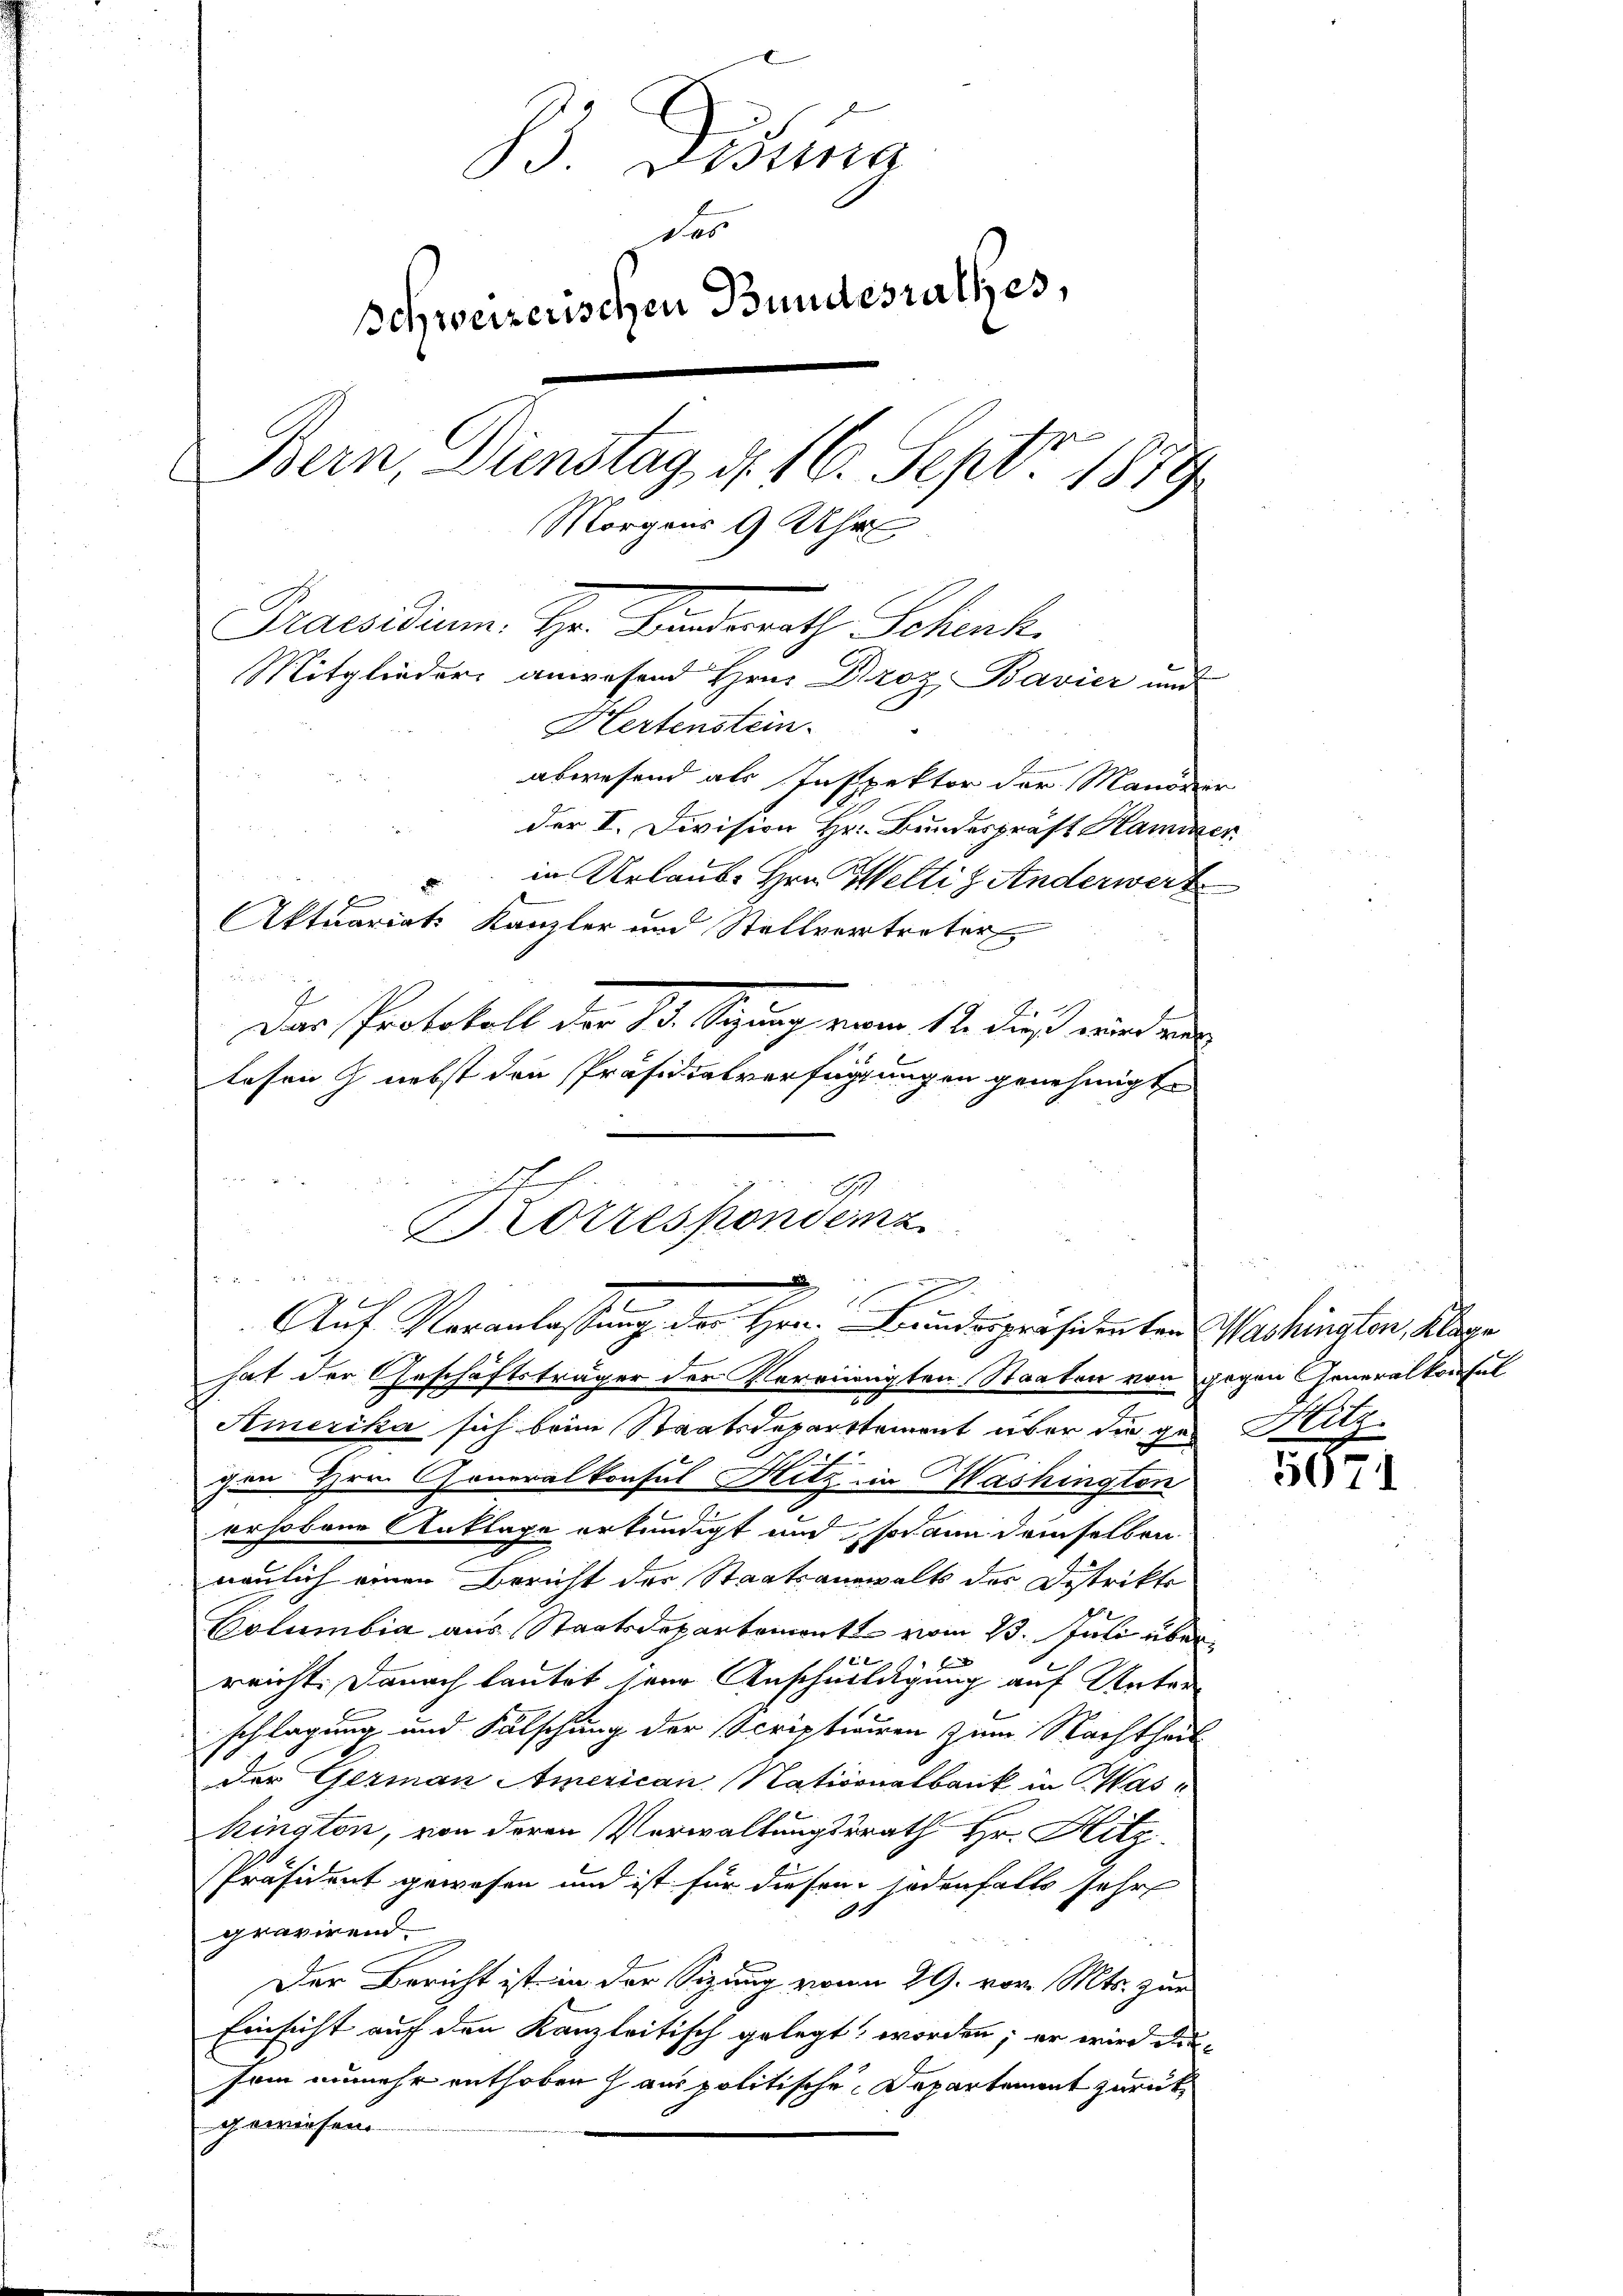
.

B Dista
Das
schweizerischen Bundesrathes,
Bern, Dienstag, d. 16. Sept. 1879
Morgens 9 Uhr
Praesidium. Hr. Sandsrath Schenk.
Mitglieder anwesend Hrn. Droz. Bavier und
Hertenstein
abwesend als Inspektor der Manöder
der I. Division Hr. Bundespräst Hamier
in Urlaub. Hrn. Welti z Anderwert
Aktuariats Kanzler und Stellvertreter
Dar Protokoll vor 13. Segung vom 12. Fuß wird er
lesen & nebst den Präsidialverfügungen genehmigte

Korrespondenz
x
Auf Veranlassung der Hrn. Bundespräsidenten Washington, Klage

A

hat der Geschäftsträger der Verringten Staaten von gegen Generalkonsul
.
Amerika sich beim Staatsdepartement über die ge- Hitz-
chen Hrn. Generalkonsul Hitz in Mashington
erhobene Anklage erkundigt und sodann demselben
neulich einen Bericht der Staatsanwalts des Distrikts
Columbia aus Staatsdepartement vom 13. Juli über
s
11 x
reicht. Danach lautet sein Anschuldigung auf Unter
schlagung und Fälschung der Scriptiairen zum Nachtheil
der German American Nationalbank in Maskington, von deren Verwaltungsrath Hr. Hitz
Präsident gewesen und ist für diesem jedenfalls sehr
.
gravirend.
Der Bericht ist in der Sizung von 29. vor. Mts. zur
Einsicht auf den Kanzleitisch gelegt worden; er wird die
sam unmehr enthoben haus politische Departement zurückgewiesen.

507

1